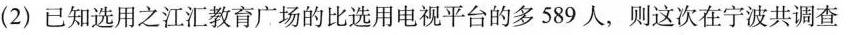
(2) 已知选用之江汇教育广场的比选用电视平台的多589人，则这次在宁波共调查